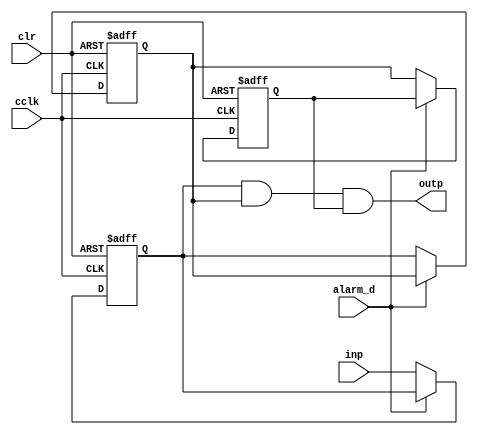
`timescale 1ns / 1ps
//////////////////////////////////////////////////////////////////////////////////
// Company: 
// Engineer: 
// 
// Design Name: 
// Module Name:    debounce 
// Project Name: 
// Target Devices: 
// Tool versions: 
// Description: 
//
// Dependencies: 
//
// Revision: 
// Revision 0.01 - File Created
// Additional Comments: 
//
//////////////////////////////////////////////////////////////////////////////////
module debounce(
    input wire  inp,
    input wire cclk,
    input wire clr,
	 input alarm_d,
    output wire  outp
    );
	 
	 reg delay1;
	 reg delay2;
	 reg delay3;
	 
	 always @(posedge cclk or posedge clr )
	 begin
			if (clr == 1)
				begin 
					delay1 <= 1'b0;
					delay2 <= 1'b0;
					delay3 <= 1'b0;
				end
			else if ( alarm_d == 0 )
				begin
					delay1 <= inp;
					delay2 <= delay1;
					delay3 <= delay2;
				end
	 end
		
	 assign outp = delay1 & delay2 & delay3;
	
endmodule